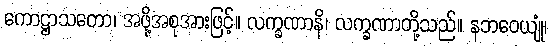
ကောဋ္ဌာသတော၊ အဖို့အစုအားဖြင့်။ လက္ခဏာနိ၊ လက္ခဏာတို့သည်။ နဘဝေယျုံ၊